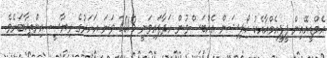
އެމްޑީއޭއިން ޕީޕީއެމްއާއެކު ކޯލިޝަން އެއްބަސްވުން ހަދާފައިވަނީ 2013 ވަނަ އަހަރުގެ ރިޔާސީ އިންތިޚާބަށެވެ.